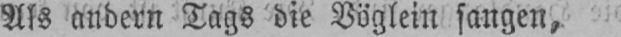
Als andern Tags die Vöglein sangen,